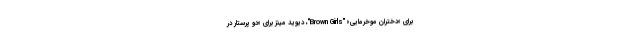
برای «دختران موخرمایی» "Brown Girls"، دیوید مینز برای «دو پرستار در